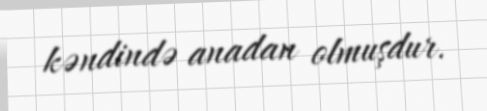
kəndində anadan olmuşdur.